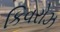
કિવરોઝ